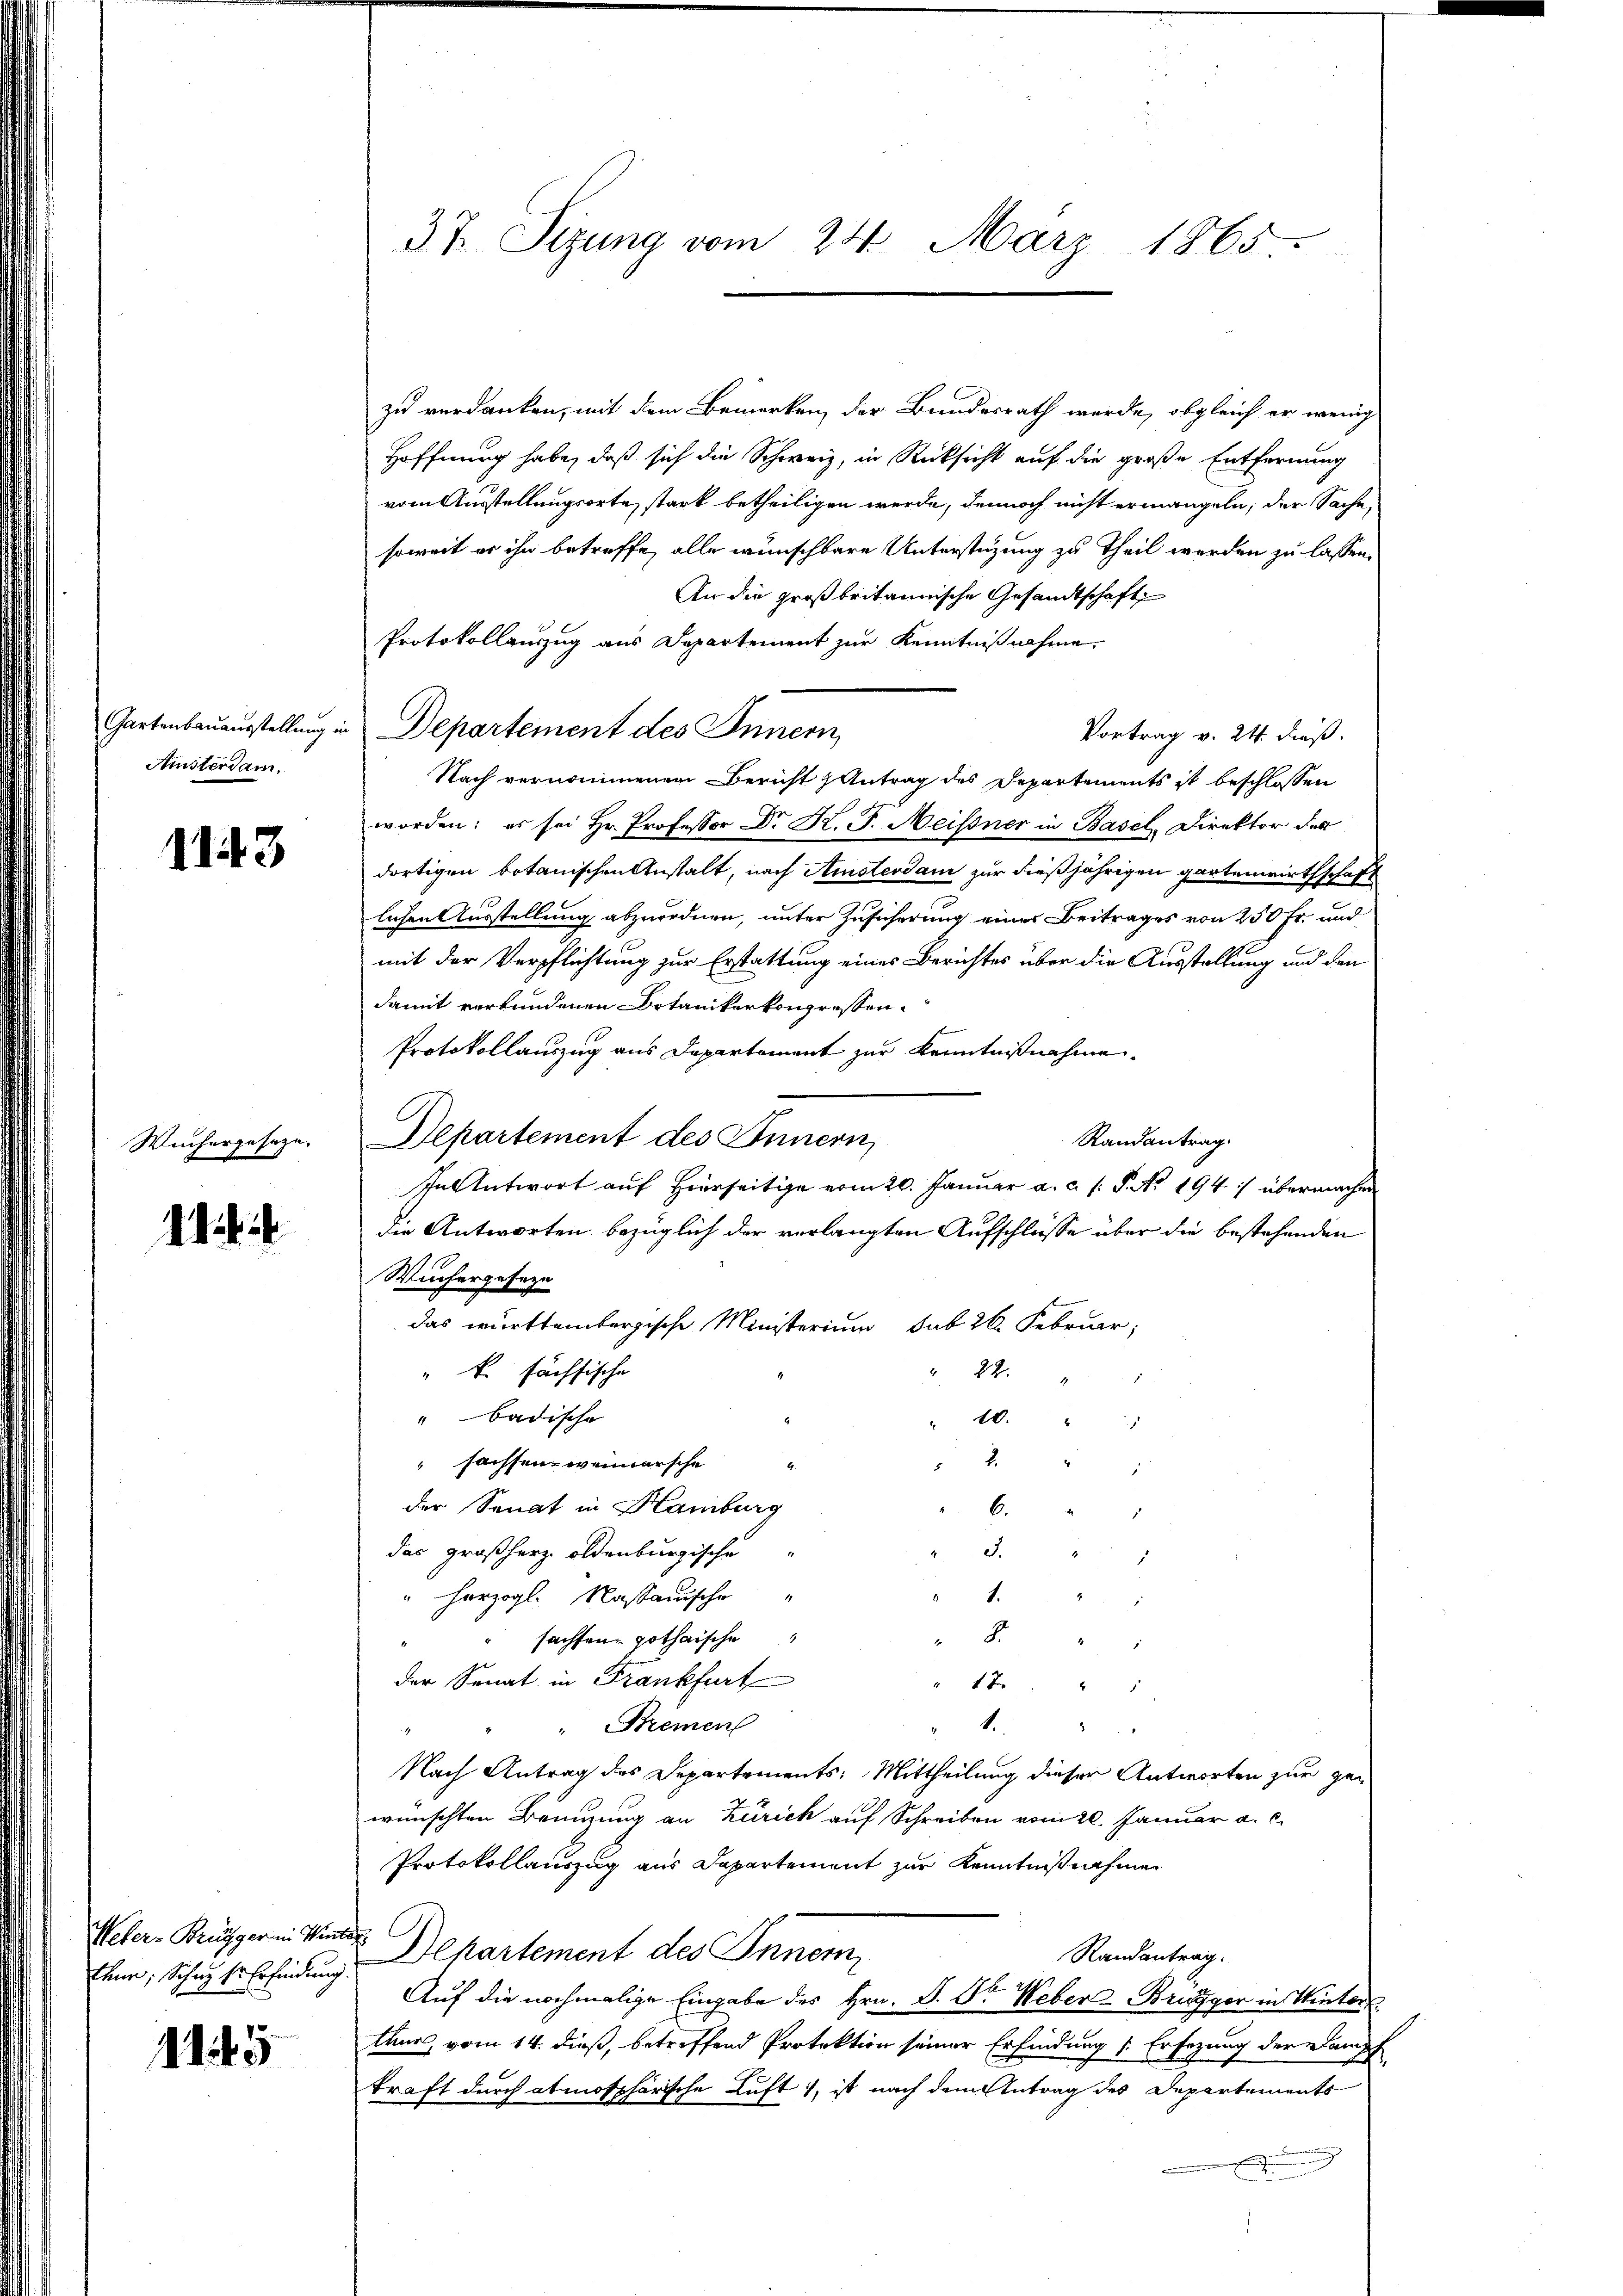
Gartenbauausstellung in
Ainsterdam.

1143

Weichergeseze,

11

Weber-Brügger in Win
Ehne; Schuh hr. Erfindung.

115

37. Sitzung vom 24. März 1865.

zu verdanken, mit dem Bemerken, der Bundesrath werde, obgleich er wenig
Hoffnung habe, daß sich die Schweiz, in Rücksicht auf die große Entfernung
vom Ausstellungsorte, stark betheiligen werde, dennoch nicht ermangeln, der Sache,
soweit er ihn betreffe, alle wünschbare Unterstüzung zu Theil werden zu lassen.
An die großbritannische Gesandtschaft
Protokollauszug aus Departement zur Kenntnißnahme.
Departement des Innern,
Vortrag v. 24. dieß.
Nach vernommenen Bericht Antrag des Departements ist beschlossen
worden: es sei Hr. Professor Dr. K. F. Heissner in Basel, Direktor des
dortigen botanischen Anstalt, nach Amsterdam zur dießjährigen Gartenwirthschaft
lichen Ausstellung abzuordnen, unter Zusicherung eines Beitrages von 250 Fr. und
mit der Verpflichtung zur Erstattung eines Berichtes über die Ausstellung und den
damit verbundenen Botanikerkongressen.
Protokollauszug aus Departement zur Kenntnißnahme
Departement des Innern,
Randantrag.
In Antwort auf Hierseitige vom 20. Januar a. c. s. S. Nr. 194 :/ übermachen
die Antworten bezüglich der verlangten Aufschlüsse über die bestehenden
Wintergeseze
das württembergische Ministerium sub 26. Februar,
22.
"k. sächsische
"Badische
" 10.
s
2
fachsen weinersche
der Senat in Hamburg
6.
das Großherz oldenburgische
S.
" herzogl. Kassauische
1.
8
" sachten gothaische
u
der Senat in Frankfurt
1 " " 1
1.
" Bremen
Nach Antrag des Departements: Mittheilung dieser Antworten zur ge-
wünschten Bringung an Zürich auf Schreiben vom 20. Januar a. c.
Protokollauszug aus Departement zur Kenntnißnahme
Departement des Innern
Randantrag.
3
Aŭf die nochmalige Eingabe des Hrn. F. Dr. Weber Brügger in Winter
thur, vom 14. dieß, betreffend Protektion seiner Erfindung (Ersezung der Kampf
kraft durch atmosphärische Luft, ist nach dem Antrag des Departements